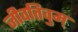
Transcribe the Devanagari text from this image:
जीवतिवुम्